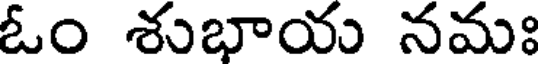
ఓం శుభాయ నమః